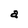
Character: a